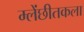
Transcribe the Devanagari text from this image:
म्लेंछीतकला